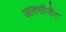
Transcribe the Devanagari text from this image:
आक्सीडैंट